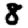
Digit: 8